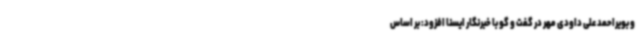
و بویراحمد علی داودی مهر در گفت و گو با خبرنگار ایسنا افزود: بر اساس